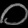
Digit: ၀